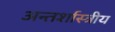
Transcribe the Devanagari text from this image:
अन्तर्शास्त्रीय